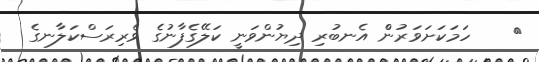
٩    ހަމަކަށަވަރުންް އެނބުރި ދިޔުންވަނީ ކަލޭގެފާނުގެ ވެރިރަސްކަލާނގެ